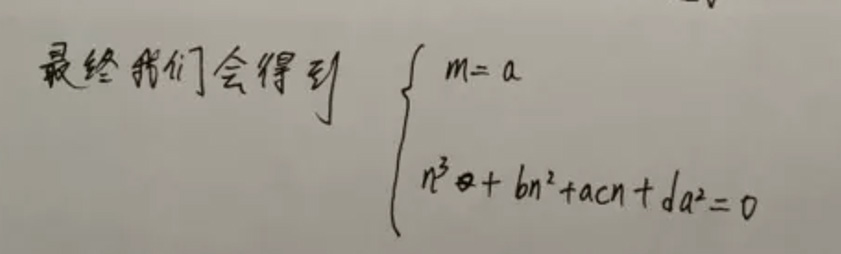
最终我们会得到
\[
\begin{cases}
m = a \\
n^{3}+bn^{2}+acn + da^{2}=0
\end{cases}
\]